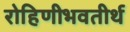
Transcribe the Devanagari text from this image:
रोहिणीभवतीर्थ